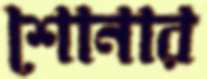
শোনার